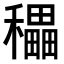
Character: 𥣬